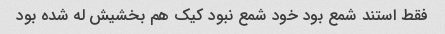
فقط استند شمع بود خود شمع نبود کیک هم بخشیش له شده بود